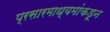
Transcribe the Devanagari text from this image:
प्रसारमाध्यमांकडून